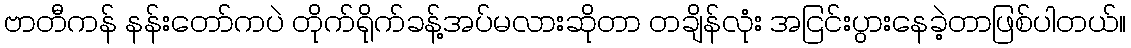
ဗာတီကန် နန်းတော်ကပဲ တိုက်ရိုက်ခန့်အပ်မလားဆိုတာ တချိန်လုံး အငြင်းပွားနေခဲ့တာဖြစ်ပါတယ်။